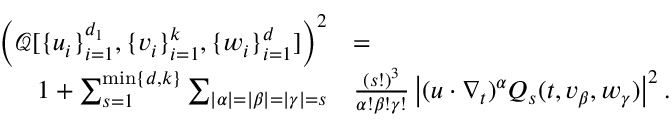
\begin{array} { r l } { \left( \mathcal { Q } [ \{ u _ { i } \} _ { i = 1 } ^ { d _ { 1 } } , \{ v _ { i } \} _ { i = 1 } ^ { k } , \{ w _ { i } \} _ { i = 1 } ^ { d } ] \right) ^ { 2 } } & { = } \\ { 1 + \sum _ { s = 1 } ^ { \operatorname* { m i n } \{ d , k \} } \sum _ { | \alpha | = | \beta | = | \gamma | = s } } & { \frac { ( s ! ) ^ { 3 } } { \alpha ! \beta ! \gamma ! } \left| ( u \cdot \nabla _ { t } ) ^ { \alpha } Q _ { s } ( t , v _ { \beta } , w _ { \gamma } ) \right| ^ { 2 } . } \end{array}